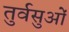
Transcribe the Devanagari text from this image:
तुर्वसुओं